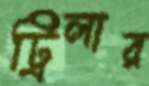
ট্রিলার